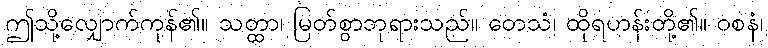
ဤသို့လျှောက်ကုန်၏။ သတ္ထာ၊ မြတ်စွာဘုရားသည်။ တေသံ၊ ထိုရဟန်းတို့၏။ ဝစနံ၊